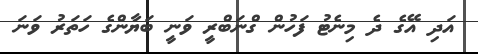
އަދި އޭގެ ދެ މިނެޓު ފަހުން ގްނަބްރީ ވަނީ ބަޔާންގެ ހަތަރު ވަނަ